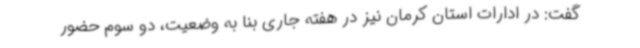
گفت: در ادارات استان کرمان نیز در هفته جاری بنا به وضعیت، دو سوم حضور